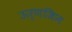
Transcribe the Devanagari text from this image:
ऊर्णजिन